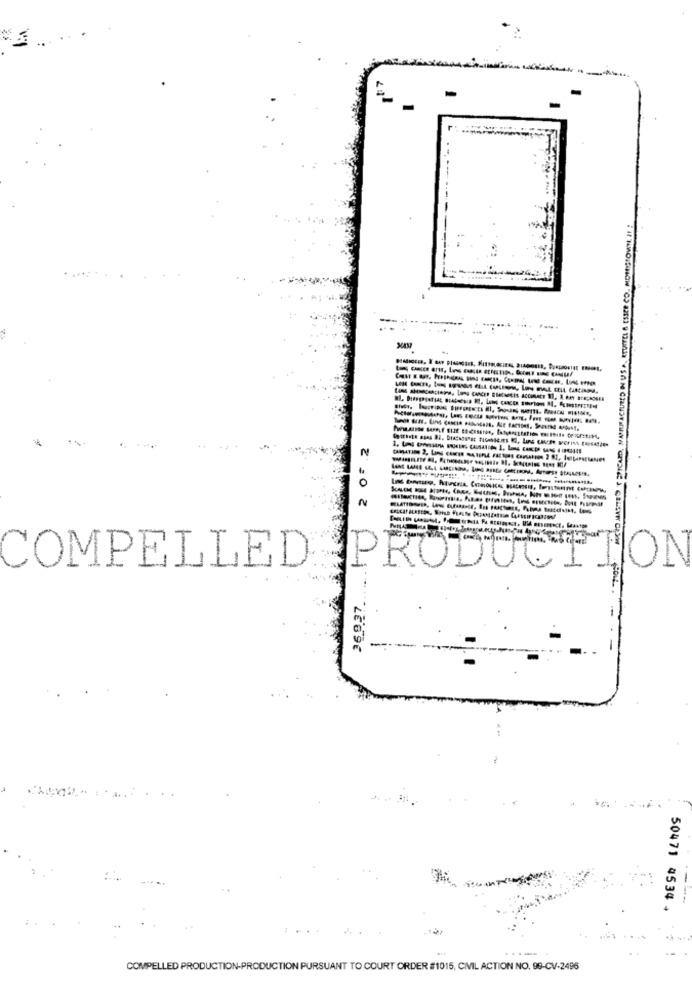
...
0
COMPELLED PRODUC
ION
LE69E
50471 4534 +
....
COMPELLED PRODUCTION-PRODUCTION PURSUANT TO COURT ORDER #1015, CIVIL ACTION NO. 99-CV-2496